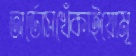
অর্ডোসখেঁকাইয়োমূ